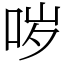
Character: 哕